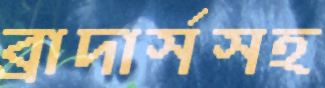
ব্রাদার্সসহ